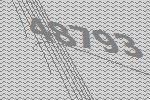
48793